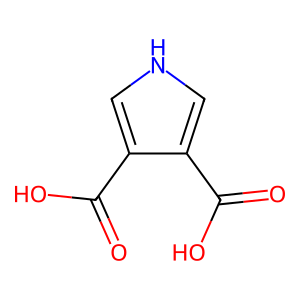
SMILES: O=C(O)c1c[nH]cc1C(=O)O
Inhibits HIV replication: No